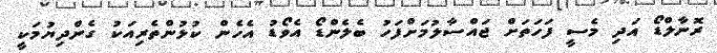
ރޮނާލްޑޯ އަދި މެސީ ފަހަތަށް ޖައްސާލުމަށްފަހު ބެލެންޑޯ އެވޯޑު އެހެން ކުޅުންތެރިއަކު ގެންދިޔުމަކީ